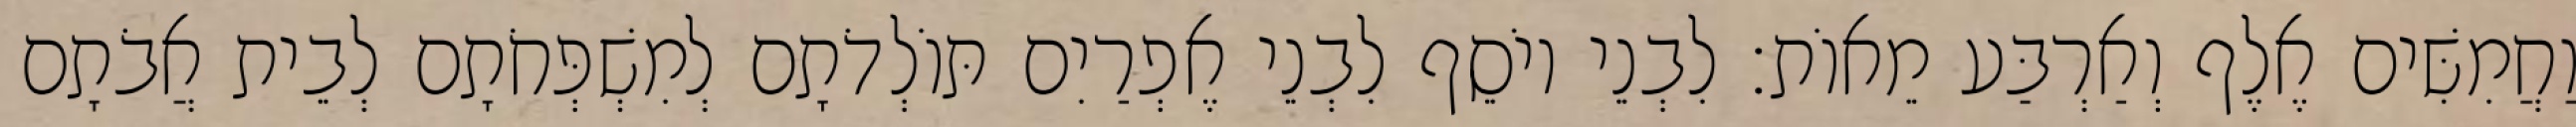
וַחֲמִשִּׁים אֶלֶף וְאַרְבַּע מֵאוֹת׃ לִבְנֵי יוֹסֵף לִבְנֵי אֶפְרַיִם תּוֹלְדֹתָם לְמִשְׁפְּחֹתָם לְבֵית אֲבֹתָם